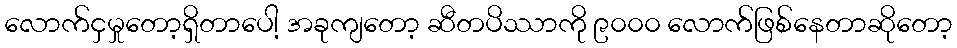
လောက်ငှမှုတော့ရှိတာပေါ့ အခုကျတော့ ဆီတပိဿာကို ၉၀၀၀ လောက်ဖြစ်နေတာဆိုတော့